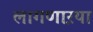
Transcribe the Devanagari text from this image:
लागणाऱया